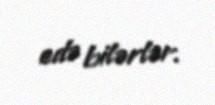
edə bilərlər.